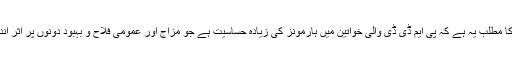
ان اختلافات کا مطلب یہ ہے کہ پی ایم ڈی ڈی والی خواتین میں ہارمونز کی زیادہ حساسیت ہے جو مزاج اور عمومی فلاح و بہبود دونوں پر اثر انداز ہوتی ہے۔